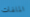
الملفات